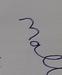
Signature authenticity: forged